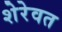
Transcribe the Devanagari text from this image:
शेरेवत